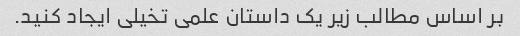
بر اساس مطالب زیر یک داستان علمی تخیلی ایجاد کنید.